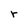
Character: r